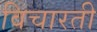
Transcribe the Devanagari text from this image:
विचारती